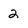
Character: 2